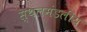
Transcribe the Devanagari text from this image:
स्थलमंडलीय